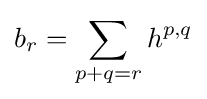
b_{r}=\sum _{p+q=r}h^{p,q}